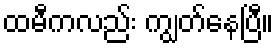
ထမီကလည်း ကျွတ်နေပြီ။